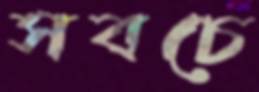
সবচে